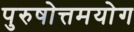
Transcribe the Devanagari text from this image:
पुरुषोत्तमयोग